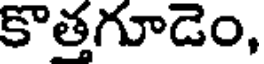
కొత్తగూడెం,